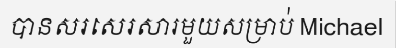
បានសរសេរសារមួយសម្រាប់ Michael